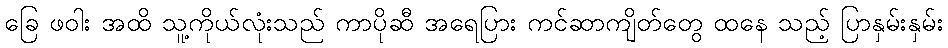
ခြေ ဖဝါး အထိ သူ့ကိုယ်လုံးသည် ကာပိုဆီ အရေပြား ကင်ဆာကျိတ်တွေ ထနေ သည့် ပြာနှမ်းနှမ်း